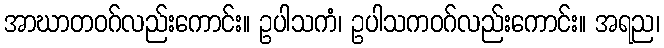
အာဃာတဝဂ်လည်းကောင်း။ ဥပါသကံ၊ ဥပါသကဝဂ်လည်းကောင်း။ အရည၊